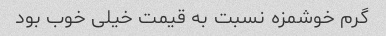
گرم خوشمزه نسبت به قیمت خیلی خوب بود